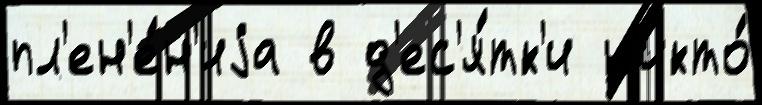
пл'ен'е́н'иjа в д'ес'я́тк'и н'икто́